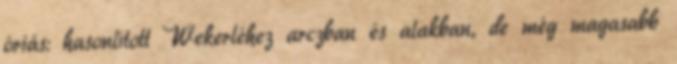
óriás: hasonlított Wekerléhez arczban és alakban, de még magasabb